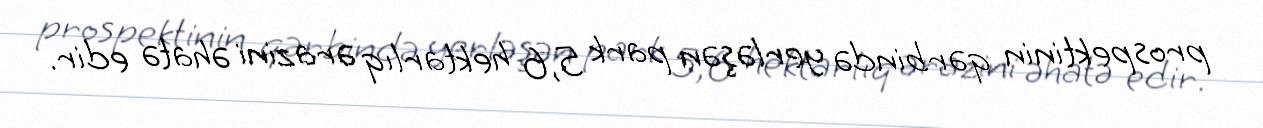
prospektinin qərbində yerləşən park 5,6 hektarlıq ərazini əhatə edir.